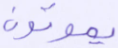
يموتون